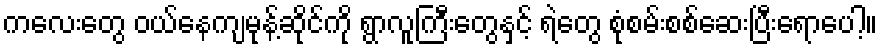
ကလေးတွေ ဝယ်နေကျမုန့်ဆိုင်ကို ရွာလူကြီးတွေနှင့် ရဲတွေ စုံစမ်းစစ်ဆေးပြီးရောပေါ့။